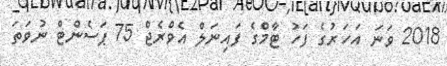
2018 ވަނަ އަހަރުގެ ފަހު ޓާމްގެ ފައިނަލް އެވްރެޖް 75 ޕަސެންޓް ނުވަތަ